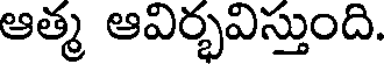
ఆత్మ ఆవిర్భవిస్తుంది.